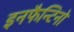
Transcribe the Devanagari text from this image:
इनफैन्टिनो